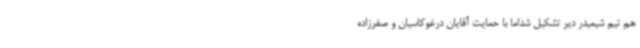
هم تیم شیمیدر دیر تشکیل شداما با حمایت آقایان درغوکاسیان و صفرزاده